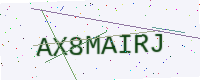
Text: AX8MAIRJ